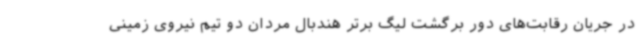
در جریان رقابت‌های دور برگشت لیگ برتر هندبال مردان دو تیم نیروی زمینی